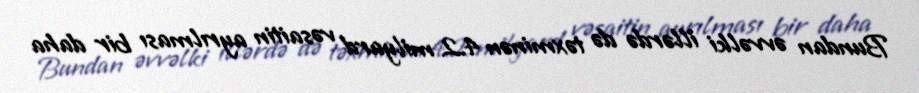
Bundan əvvəlki illərdə də təxminən 4.2 milyard vəsaitin ayrılması bir daha